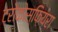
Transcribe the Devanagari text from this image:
ट्रोकोस्फ़ियरा